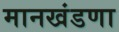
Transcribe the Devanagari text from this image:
मानखंडणा